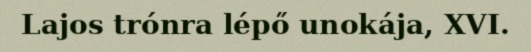
Lajos trónra lépő unokája, XVI.